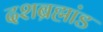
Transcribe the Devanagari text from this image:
दशब्रह्मांड